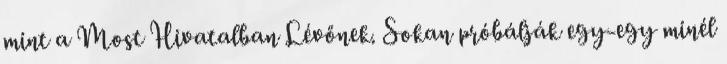
mint a Most Hivatalban Lévőnek. Sokan próbálják egy-egy minél